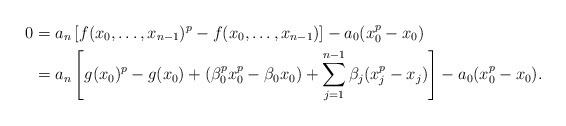
\begin{align*}0 & = a_n \left[f(x_0, \dots , x_{n-1})^p - f(x_0, \dots , x_{n-1})\right] - a_0(x_0^p - x_0) \\&= a_n \left[g(x_0)^p - g(x_0) + (\beta_0^p x_0^p - \beta_0 x_0)+ \sum_{j=1}^{n-1} \beta_j( x_j^p- x_j)\right] - a_0(x_0^p - x_0) .\end{align*}